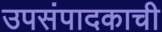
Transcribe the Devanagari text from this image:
उपसंपादकाची